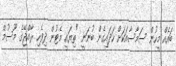
ބައެއް މީހުން ސަމާސާއަކަށް ހަދައިގެން ބުނަނީ "ތިޔައީ މެޓުން ދިވެހި ރާއްޖޭގެ މޫސުމް